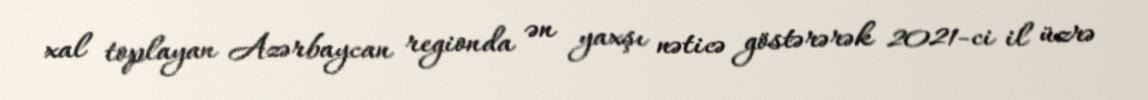
xal toplayan Azərbaycan regionda ən yaxşı nəticə göstərərək 2021-ci il üzrə